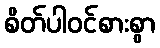
စိတ်ပါဝင်စားစွာ